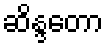
ဆိန္ဒတော